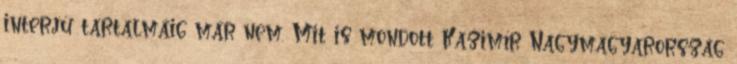
interjú tartalmáig már nem. Mit is mondott Kažimír Nagymagyarország